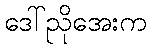
ဒေါ်ညိုအေးက